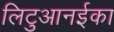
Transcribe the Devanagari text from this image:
लिटुआनईका